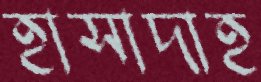
হাসাদাহ